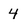
Character: 4